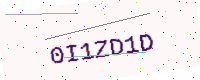
Text: 0I1ZD1D